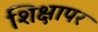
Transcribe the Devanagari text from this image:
शिक्षापर